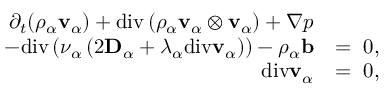
\begin{array} { r l } { \partial _ { t } ( \rho _ { \alpha } \mathbf { v } _ { \alpha } ) + \mathrm { d i v } \left( \rho _ { \alpha } \mathbf { v } _ { \alpha } \otimes \mathbf { v } _ { \alpha } \right) + \nabla p } & { } \\ { - \mathrm { d i v } \left( \nu _ { \alpha } \left( 2 \mathbf { D } _ { \alpha } + \lambda _ { \alpha } \mathrm { d i v } \mathbf { v } _ { \alpha } \right) \right) - \rho _ { \alpha } \mathbf { b } } & { = ~ 0 , } \\ { \mathrm { d i v } \mathbf { v } _ { \alpha } } & { = ~ 0 , } \end{array}